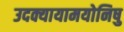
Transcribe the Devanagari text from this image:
उदक्यायामयोनिषु